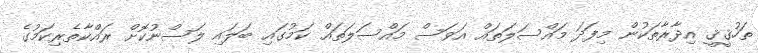
ތަހުޤީޤީ އިދާރާތަކުން މިފަދަ މައްސަލަތައް އަވަސް މައްސަލަތައް ކަމުގައި ބަލައި ލަސްނުކޮށް ރައްކާތެރިކަމުގެ